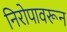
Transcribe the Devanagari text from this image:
निरोपावरून